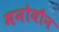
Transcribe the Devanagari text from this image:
मनोयौन